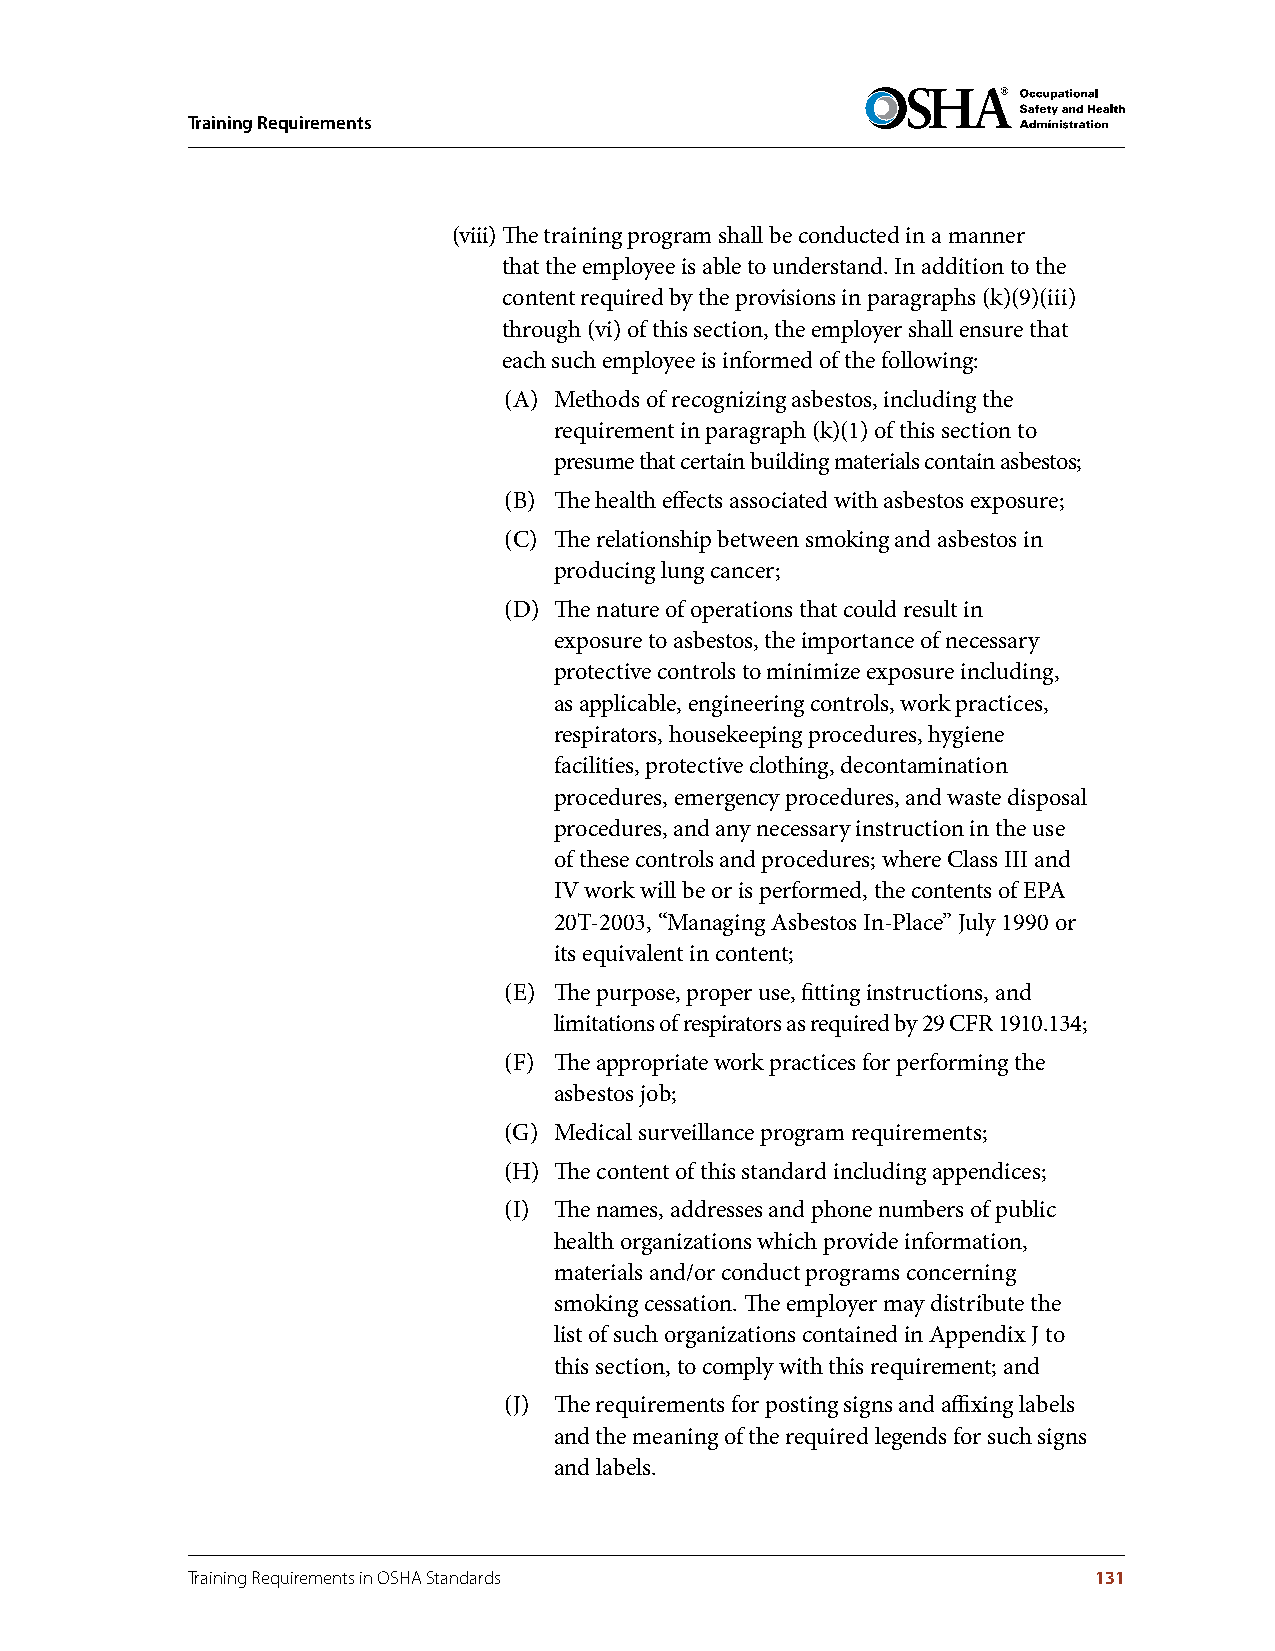
Training Requirements
 (viii) The training program shall be conducted in a manner
 that the employee is able to understand. In addition to the
 content required by the provisions in paragraphs (k)(9)(iii)
 through (vi) of this section, the employer shall ensure that
 each such employee is informed of the following:
 (A) Methods of recognizing asbestos, including the
 requirement in paragraph (k)(1) of this section to
 presume that certain building materials contain asbestos;
 (B) The health effects associated with asbestos exposure;
 (C) The relationship between smoking and asbestos in
 producing lung cancer;
 (D) The nature of operations that could result in
 exposure to asbestos, the importance of necessary
 protective controls to minimize exposure including,
 as applicable, engineering controls, work practices,
 respirators, housekeeping procedures, hygiene
 facilities, protective clothing, decontamination
 procedures, emergency procedures, and waste disposal
 procedures, and any necessary instruction in the use
 of these controls and procedures; where Class III and
 IV work will be or is performed, the contents of EPA
 20T-2003, “Managing Asbestos In-Place” July 1990 or
 its equivalent in content;
 (E) The purpose, proper use, fitting instructions, and
 limitations of respirators as required by 29 CFR 1910.134;
 (F) The appropriate work practices for performing the
 asbestos job;
 (G) Medical surveillance program requirements;
 (H) The content of this standard including appendices;
 (I) The names, addresses and phone numbers of public
 health organizations which provide information,
 materials and/or conduct programs concerning
 smoking cessation. The employer may distribute the
 list of such organizations contained in Appendix J to
 this section, to comply with this requirement; and
 (J) The requirements for posting signs and affixing labels
 and the meaning of the required legends for such signs
 and labels.
 Training Requirements in OSHA Standards                     131